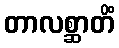
တာလစ္ဆာတိံ